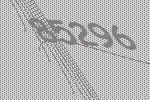
85296